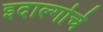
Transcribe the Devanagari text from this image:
इदाल्गोचे